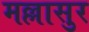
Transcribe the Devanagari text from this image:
मल्लासुर